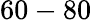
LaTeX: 60-80